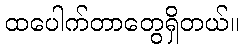
ထပေါက်တာတွေရှိတယ်။